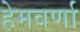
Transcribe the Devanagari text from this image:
हेमवर्णा